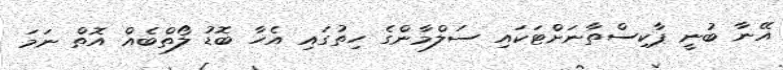
އޭނާ ބުނީ ޕާކިސްތާނަށްޓަކައި ސަލްމާންގެ ހިތުގައި އެހާ ބޮޑު ލޯތްބެއް އޮތް ނަމަ